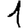
Digit: 1